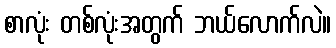
စာလုံး တစ်လုံးအတွက် ဘယ်လောက်လဲ။